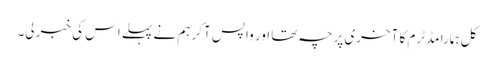
کل ہمارا مڈٹرم کا آخری پرچہ تھا اور واپس آکر ہم نے پہلے اس کی خبر لی۔